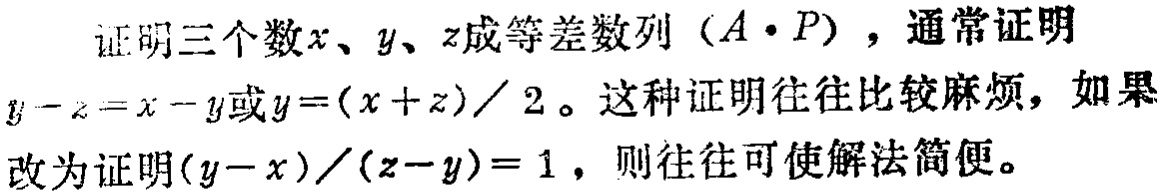
证明三个数\(x、y、z\)成等差数列（\(A\cdot P\)），通常证明\(y - z = x - y\)或\(y=(x + z)/2\)。这种证明往往比较麻烦，如果改为证明\((y - x)/(z - y)=1\)，则往往可使解法简便。